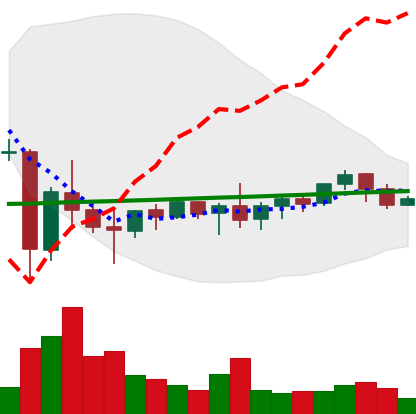
Ticker: XMR-USD
Chart end date: 2021-06-06
Forward return: -10.863%
Label: down_7plus